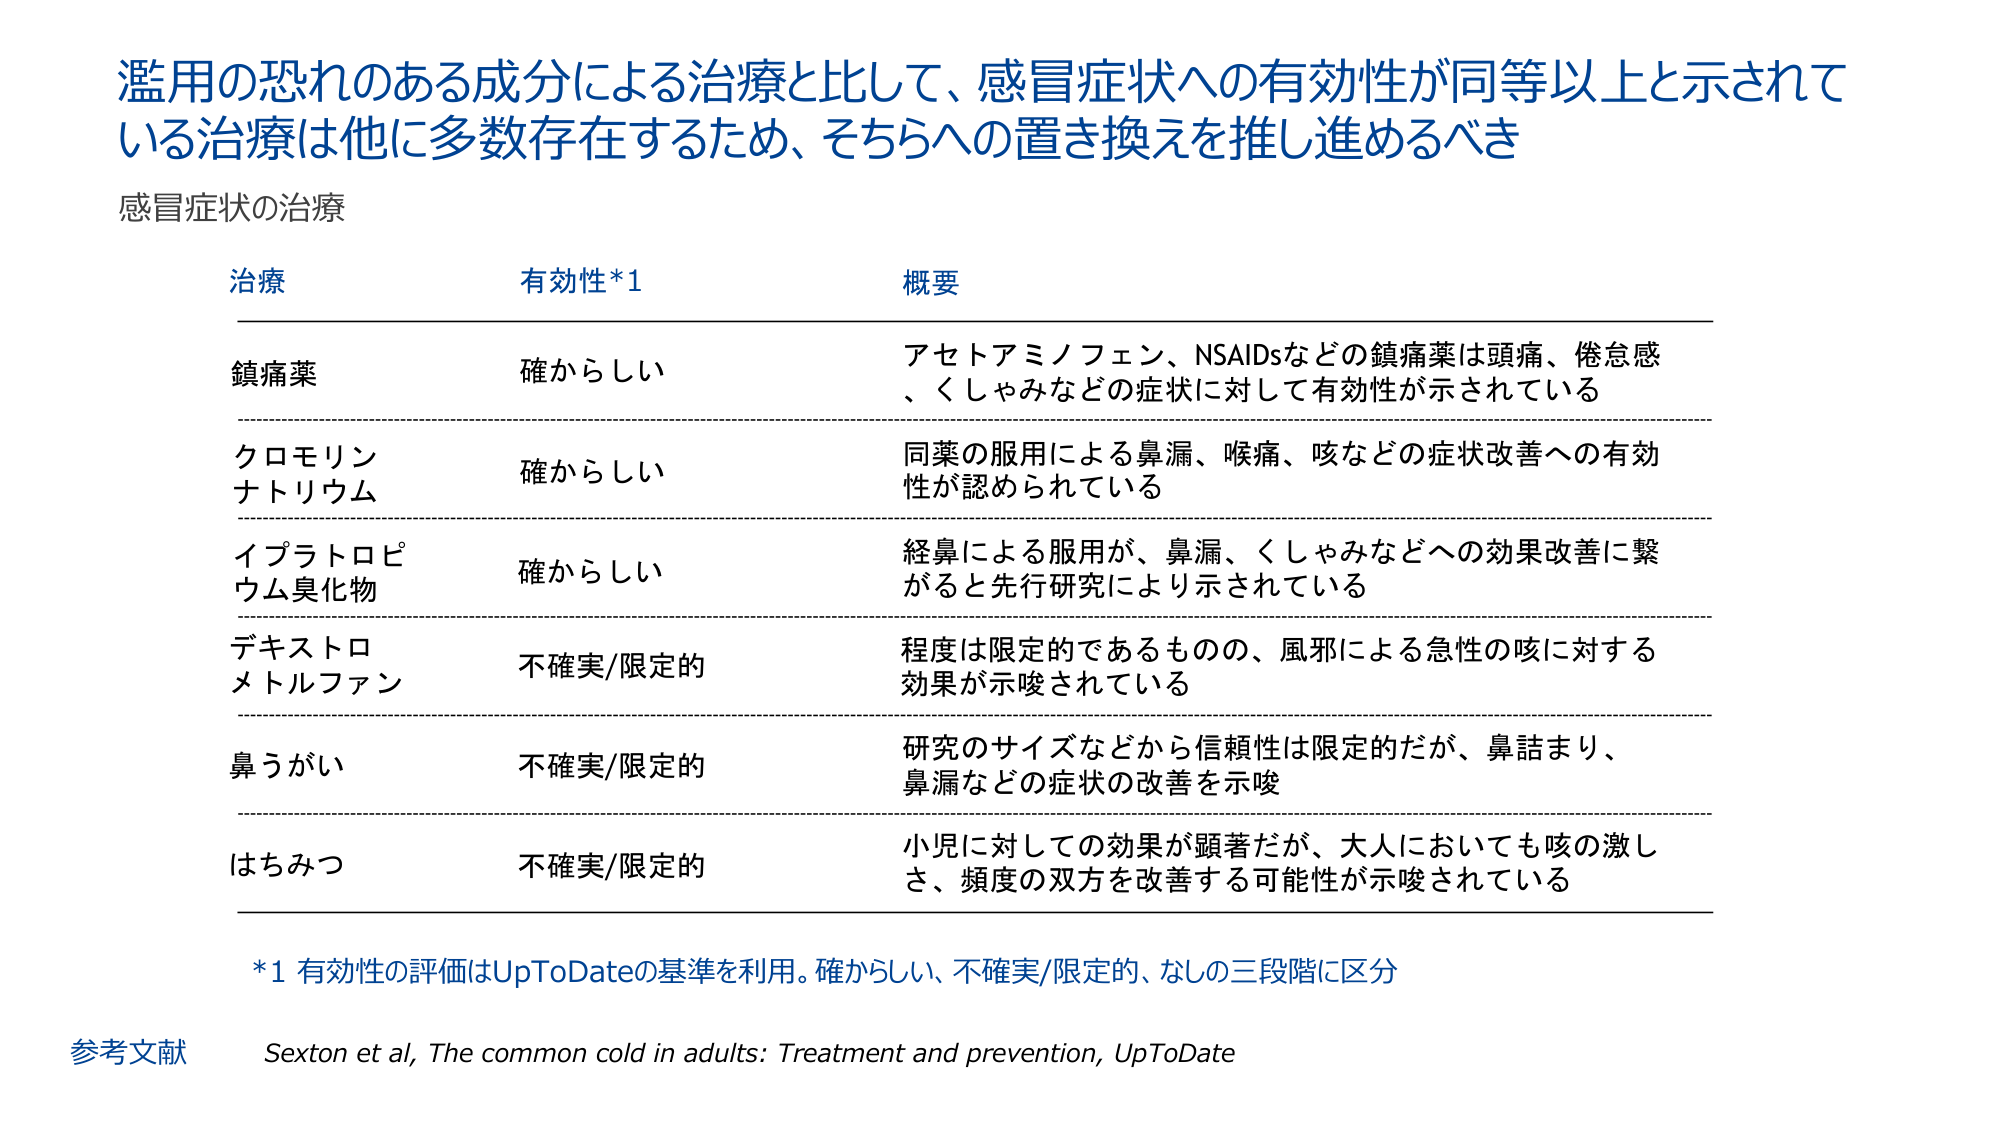
濫用の恐れのある成分による治療と比して、感冒症状への有効性が同等以上と示されている治療は他に多数存在するため、そちらへの置き換えを推し進めるべき

感冒症状の治療

治療　　有効性*1　　概要

鎮痛薬　　確からしい　　アセトアミノフェン、NSAIDsなどの鎮痛薬は頭痛、倦怠感、くしゃみなどの症状に対して有効性が示されている

クロモリンナトリウム　　確からしい　　同薬の服用による鼻漏、喉痛、咳などの症状改善への有効性が認められている

イプラトロピウム臭化物　　確からしい　　経鼻による服用が、鼻漏、くしゃみなどへの効果改善に繋がると先行研究により示されている

デキストロメトルファン　　不確実/限定的　　程度は限定的であるものの、風邪による急性の咳に対する効果が示唆されている

鼻うがい　　不確実/限定的　　研究のサイズなどから信頼性は限定的だが、鼻詰まり、鼻漏などの症状の改善を示唆

はちみつ　　不確実/限定的　　小児に対しての効果が顕著だが、大人においても咳の激しさ、頻度の双方を改善する可能性が示唆されている

*1 有効性の評価はUpToDateの基準を利用。確からしい、不確実/限定的、なしの三段階に区分

参考文献　Sexton et al, The common cold in adults: Treatment and prevention, UpToDate